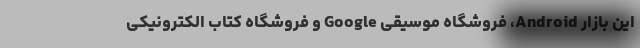
این بازار Android، فروشگاه موسیقی Google و فروشگاه کتاب الکترونیکی